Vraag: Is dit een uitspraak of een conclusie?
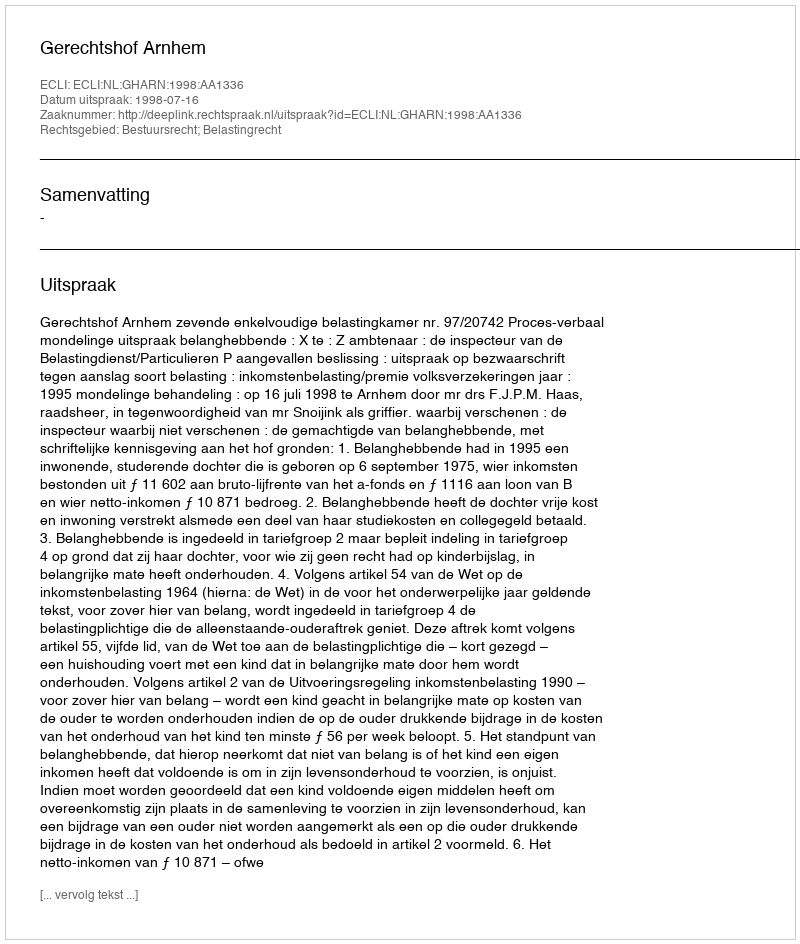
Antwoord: Uitspraak